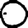
Digit: 0